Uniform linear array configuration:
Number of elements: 24
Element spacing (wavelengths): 1
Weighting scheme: blackman
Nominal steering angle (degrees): -45
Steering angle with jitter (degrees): -46.112
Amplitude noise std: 0.05
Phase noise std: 0.05

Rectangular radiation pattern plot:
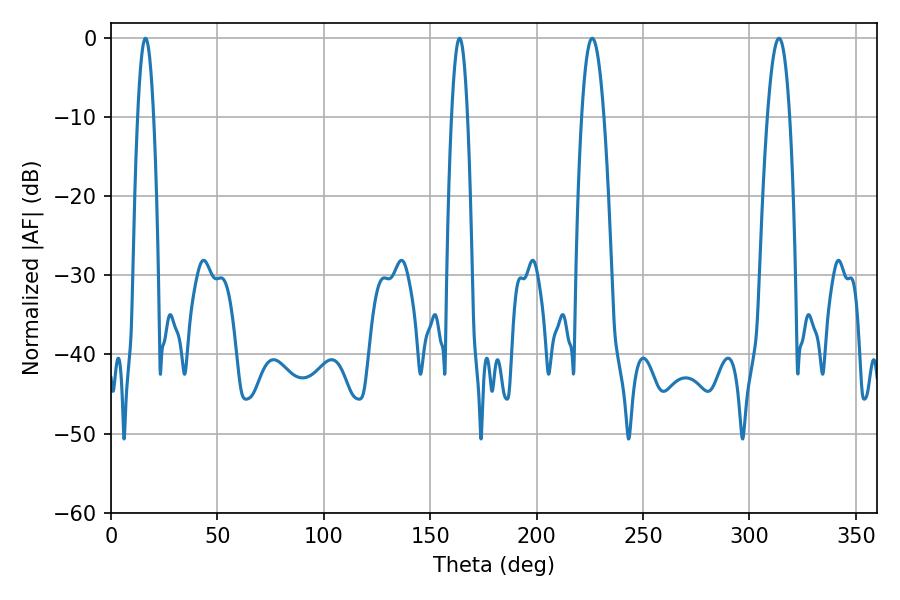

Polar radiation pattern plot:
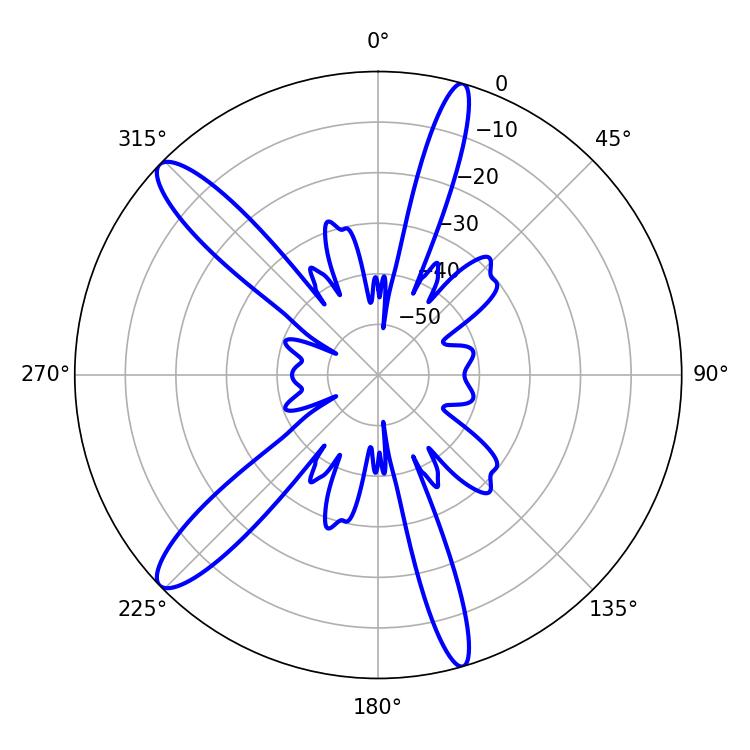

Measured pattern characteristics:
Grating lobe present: TRUE
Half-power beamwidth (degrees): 3.96
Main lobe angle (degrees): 16.2